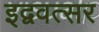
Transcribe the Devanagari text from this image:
इद्ववत्सर